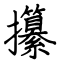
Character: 攥